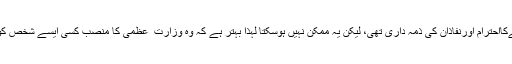
ان کا کہنا تھا کہ بطورجمہوری لیڈرعوام کی رائےکااحترام اورنفاذان کی ذمہ داری تھی، لیکن یہ ممکن نہیں ہوسکتا لہذا بہتر ہے کہ وہ وزارت ِ عظمیٰ کا منصب کسی ایسے شخص کو سونپ دیں جو ان سے زیادہ اس عہدے کا اہل ہو۔